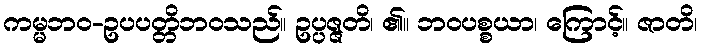
ကမ္မဘဝ-ဥပပတ္တိဘဝသည်။ ဥပ္ပဇ္ဇတိ၊ ၏။ ဘဝပစ္စယာ၊ ကြောင့်။ ဇာတိ၊